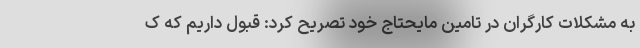
به مشکلات کارگران در تامین مایحتاج خود تصریح کرد: قبول داریم که ک